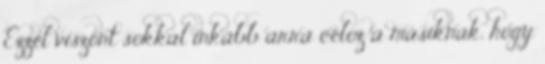
Ezzel viszont sokkal inkább arra céloz a másiknak, hogy